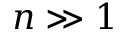
n \gg 1